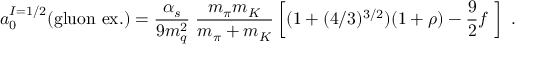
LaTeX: a _ { 0 } ^ { I = 1 / 2 } ( \mathrm { g l u o n } \ \mathrm { e x . } ) = { \frac { \alpha _ { s } } { 9 m _ { q } ^ { 2 } } } \; { \frac { m _ { \pi } m _ { K } } { m _ { \pi } + m _ { K } } } \left[ ( 1 + ( 4 / 3 ) ^ { 3 / 2 } ) ( 1 + \rho ) - \frac 9 2 f \; \right] \ .